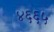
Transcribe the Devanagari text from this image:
४६६५